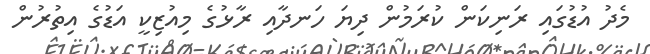
މެދު އުޑުގައި ރަނިކަން ކުރަމުން ދިޔަ ހަނދާއި ރާޅުގެ މިއުޒިކީ އަޑުގެ އިތުރުން